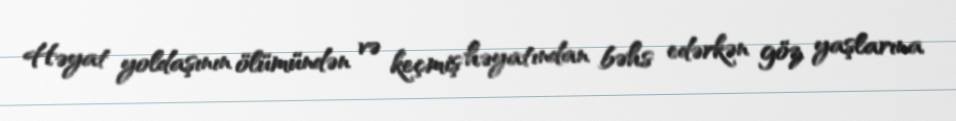
Həyat yoldaşının ölümündən və keçmiş həyatından bəhs edərkən göz yaşlarına